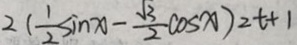
2 ( \frac { 1 } { 2 } \sin x - \frac { \sqrt { 3 } } { 2 } \cos x ) = t + 1